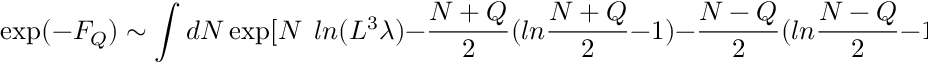
\exp ( - F _ { Q } ) \sim \int d N \exp [ N \ \ l n ( L ^ { 3 } \lambda ) - \frac { N + Q } { 2 } ( l n \frac { N + Q } { 2 } - 1 ) - \frac { N - Q } { 2 } ( l n \frac { N - Q } { 2 } - 1 ) - \frac { Q ^ { 2 } } { L } ]